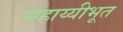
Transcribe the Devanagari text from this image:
सहाय्यीभूत